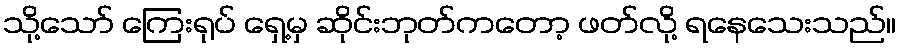
သို့သော် ကြေးရုပ် ရှေ့မှ ဆိုင်းဘုတ်ကတော့ ဖတ်လို့ ရနေသေးသည်။